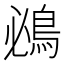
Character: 鴓